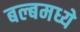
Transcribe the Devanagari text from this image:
बल्बमध्ये